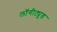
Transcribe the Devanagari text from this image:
लॉगीट्यूड